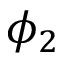
\phi _ { 2 }